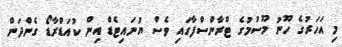
މި އަހަރުގެ ހޫނު މޫސުމުގެ ޓްރާންސްފާގައި ވެސް ޔުނައިޓެޑް އިން ކުއަޑްރާޑޯ ގެންދަން